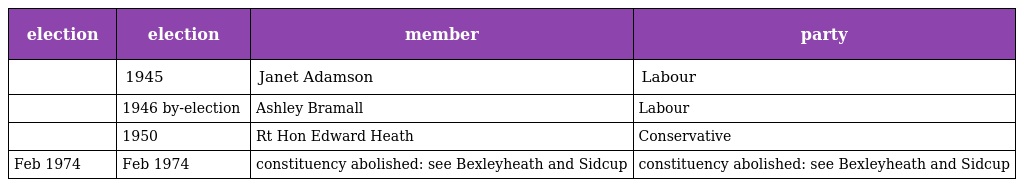
| election | election | member | party |
 | --- | --- | --- | --- |
 |  | 1945 | Janet Adamson | Labour |
 |  | 1946 by-election | Ashley Bramall | Labour |
 |  | 1950 | Rt Hon Edward Heath | Conservative |
 | Feb 1974 | Feb 1974 | constituency abolished: see Bexleyheath and Sidcup | constituency abolished: see Bexleyheath and Sidcup |